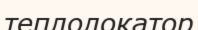
теплолокатор